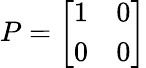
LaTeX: P={\left[\begin{array}{ll}{1}&{0}\\ {0}&{0}\end{array}\right]}